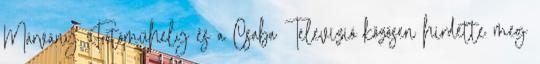
Márvány Fotóműhely és a Csaba Televízió közösen hirdette meg